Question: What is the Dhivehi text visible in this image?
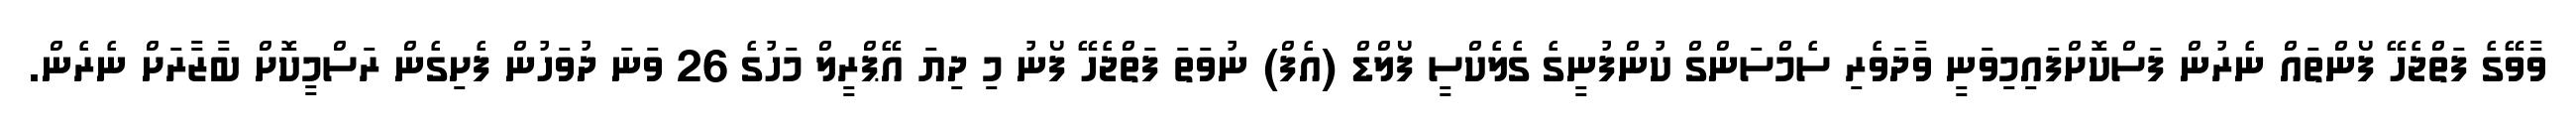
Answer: ވާވޭގެ ފަތްޖެހޭ ފޯންތައް ނެރުން ފަސްކޮށްފައިމިވަނީ ވާދަވެރި ސެމްސަންގް ކުންފުނީގެ ގެލެކްސީ ފޯލްޑް (އެފް) ނުވަތަ ފަތްޖެހޭ ފޯނު މި ދިޔަ އޭޕްރީލް މަހުގެ 26 ވަނަ ދުވަހުން ފެށިގެން ރަސްމީކޮށް ބާޒާރަށް ނެރެން.